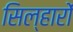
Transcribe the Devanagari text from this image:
सिल्हारों